Newspaper: Daily Kennebec journal. [microfilm reel]
Place of publication: Augusta, Me.
Publisher: Sprague, Owen & Nash
Date: 1870-11-28 00:00:00
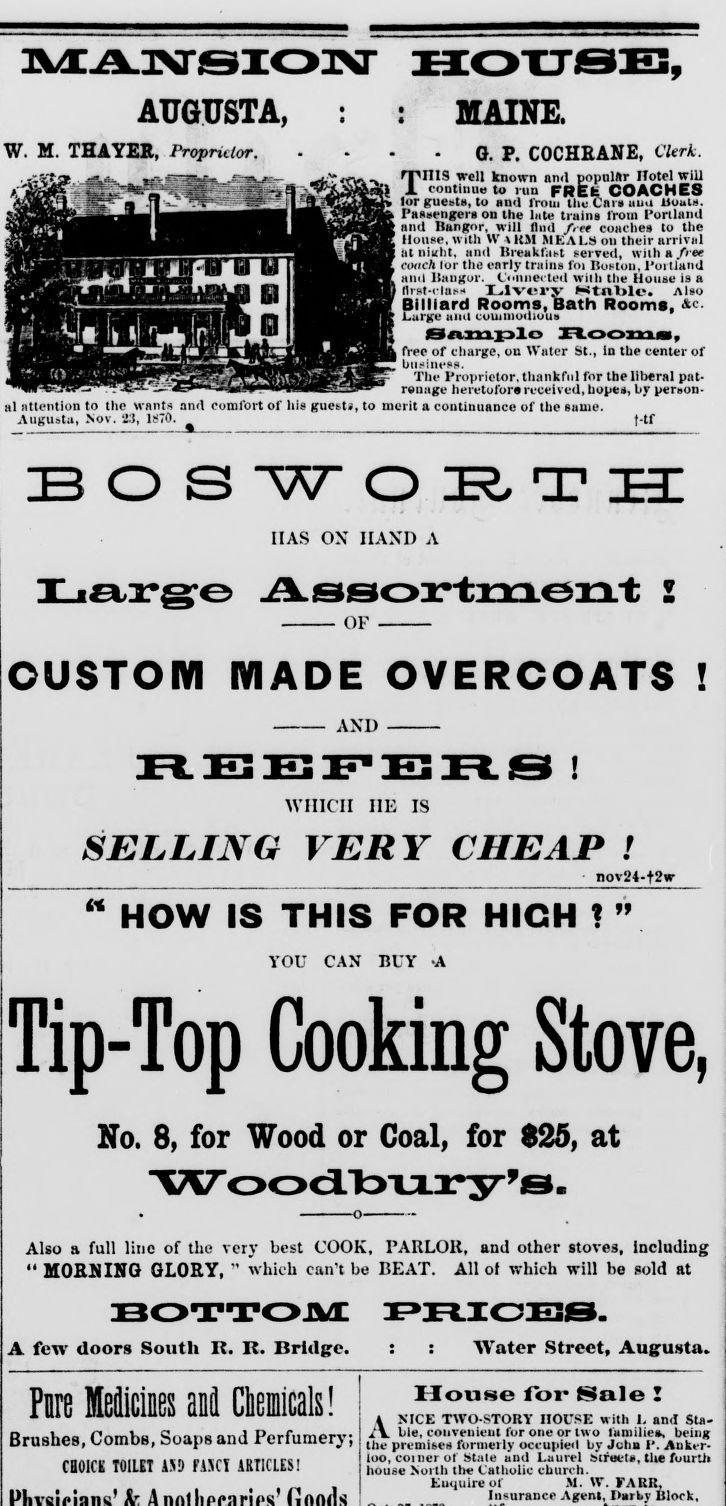
Advertisement text (OCR):
9 AUGUSTA, W. M. THAYER, Proprietor. MAINE. G. P. COCHRANE, Clerk. THIS well known and popnlftr Hotel will continue to run FREfc COACHES lor guests, to and from the Car# uuu iiouis. Passengers on the lute trains lrotn Portland and Bangor, will find free coaches to the House, with \V \ KM MEALS on their arrival at niaht, and Breakfast served, with a/ret coach lor the early trains foi Boston, Portland and Bangor. Connected with the House is a tlrst-cias- Livery Wtnl>le. Also Billiard Rooms, Bath Rooms. Large amt commodious Sample Hoom»t free of charge, ou Water St., In the center of business. The Proprietor, thankful for the liberal pat ronage heretofore received, hopes, by person t-tf ai nueniion 10 me h iihis aim cuiuion oi ms* guest#, 10 mem a continuance 01 me same. Augusta, Nov. ‘23, 1870. zboswoze^tzhz IIAS OX HAND A CUSTOM MADE OVERCOATS ! -AND - REEFERS ! WHICH I1E IS SELLING VERY CHEAP ! nov24-t2w “ HOW IS THIS FOR HIGH t ” YOU CAN BUY -A Tip-Top Cooking Stove, No. 8, for Wood or Coal, for 825, at W oodbury^s. Also a full line of the very best COOK, PARLOR, and other stoves, including “ MORNING GLORY, ” which can’t be BEAT. All of which will be sold at A few doors South R. It. Bridge. Water Street, Augusta. Fore Medicines and Ctaicals! Brushes, Combs, Soaps and Perfumer}”, fHOICK TOILET ASH MCI ARTICLES! House for Sale ! 4 NICE TWO-STORY HOUSE w ith L and Sta x V ble, convenient for one or two lamilie*, being the premises formerly occupied by John 1*. Ankt-r loo, coiner ot Stale and Laurel struct*, the fourth house North tin? Catholic church. Eu<.juire of M. W. FARR, Insurance Agent, Darby Block,
Label: illustrations